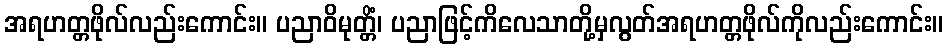
အရဟတ္တဖိုလ်လည်းကောင်း။ ပညာဝိမုတ္တိံ၊ ပညာဖြင့်ကိလေသာတို့မှလွတ်အရဟတ္တဖိုလ်ကိုလည်းကောင်း။